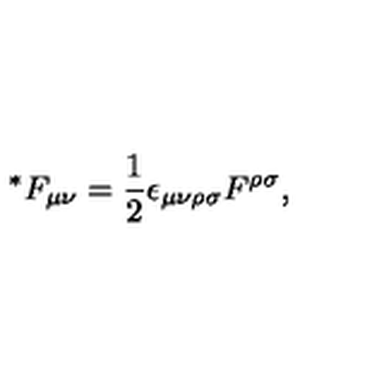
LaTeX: { ^ \ast } F _ { \mu \nu } = \frac { 1 } { 2 } \epsilon _ { \mu \nu \rho \sigma } F ^ { \rho \sigma } ,